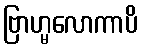
ဗြာဟ္မလောကာပိ